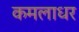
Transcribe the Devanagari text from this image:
कमलाधर